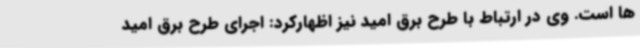
ها است. وی در ارتباط با طرح برق امید نیز اظهارکرد: اجرای طرح برق امید